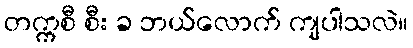
တက္ကစီ စီး ခ ဘယ်လောက် ကျပါသလဲ။